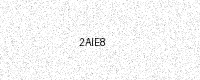
Text: 2AIE8